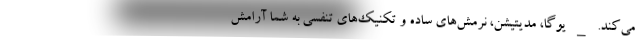
می‌کند. _ یوگا، مدیتیشن، نرمش‌های ساده و تکنیک‌های تنفسی به شما آرامش